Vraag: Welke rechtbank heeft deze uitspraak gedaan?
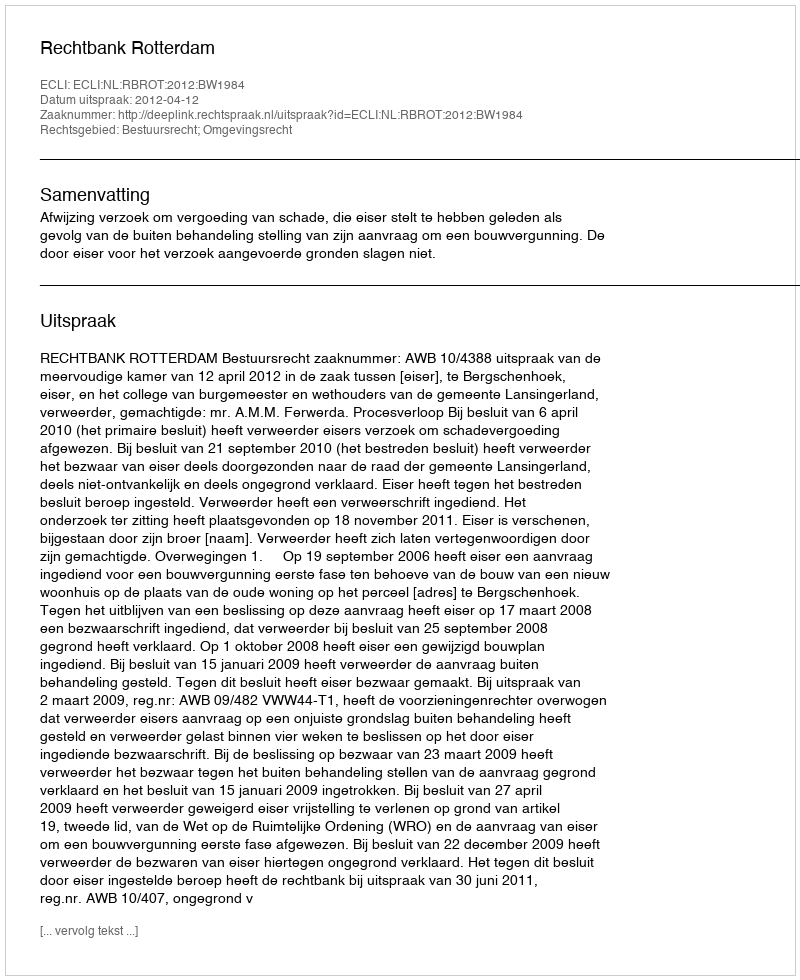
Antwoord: Rechtbank Rotterdam